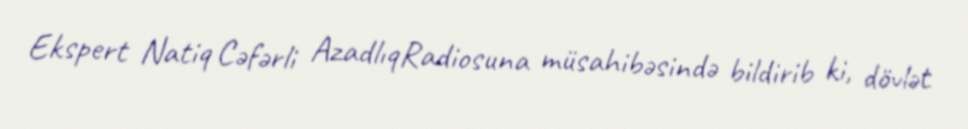
Ekspert Natiq Cəfərli AzadlıqRadiosuna müsahibəsində bildirib ki, dövlət